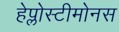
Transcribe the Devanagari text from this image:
हेप्लोस्टीमोनस